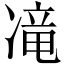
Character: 𱐊